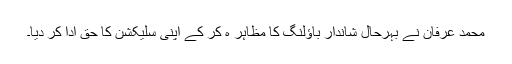
محمد عرفان نے بہرحال شاندار باؤلنگ کا مظاہر ہ کر کے اپنی سلیکشن کا حق ادا کر دیا۔